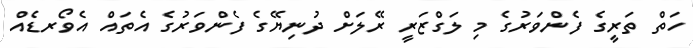
ހަތް ތަރީގެ ފެންވަރުގެ މި ލަގްޒަރީ ރޭލަށް ދުނިޔޭގެ ފެންވަރުގެ އެތައް އެވޯރޑެއް